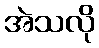
အဲသလို